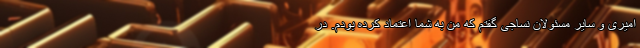
امیری و سایر مسئولان نساجی گفتم که من به شما اعتماد کرده بودم. در